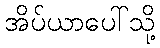
အိပ်ယာပေါ်သို့